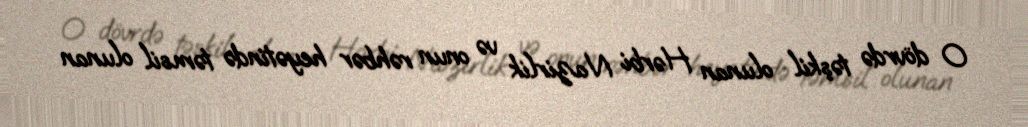
O dövrdə təşkil olunan Hərbi Nazirlik və onun rəhbər heyətində təmsil olunan